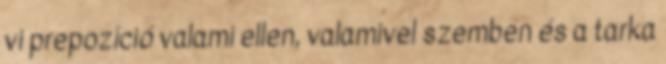
vi prepozíció valami ellen, valamivel szemben és a tarka